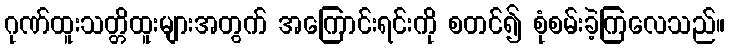
ဂုဏ်ထူးသတ္တိထူးများအတွက် အကြောင်းရင်းကို စတင်၍ စုံစမ်းခဲ့ကြလေသည်။